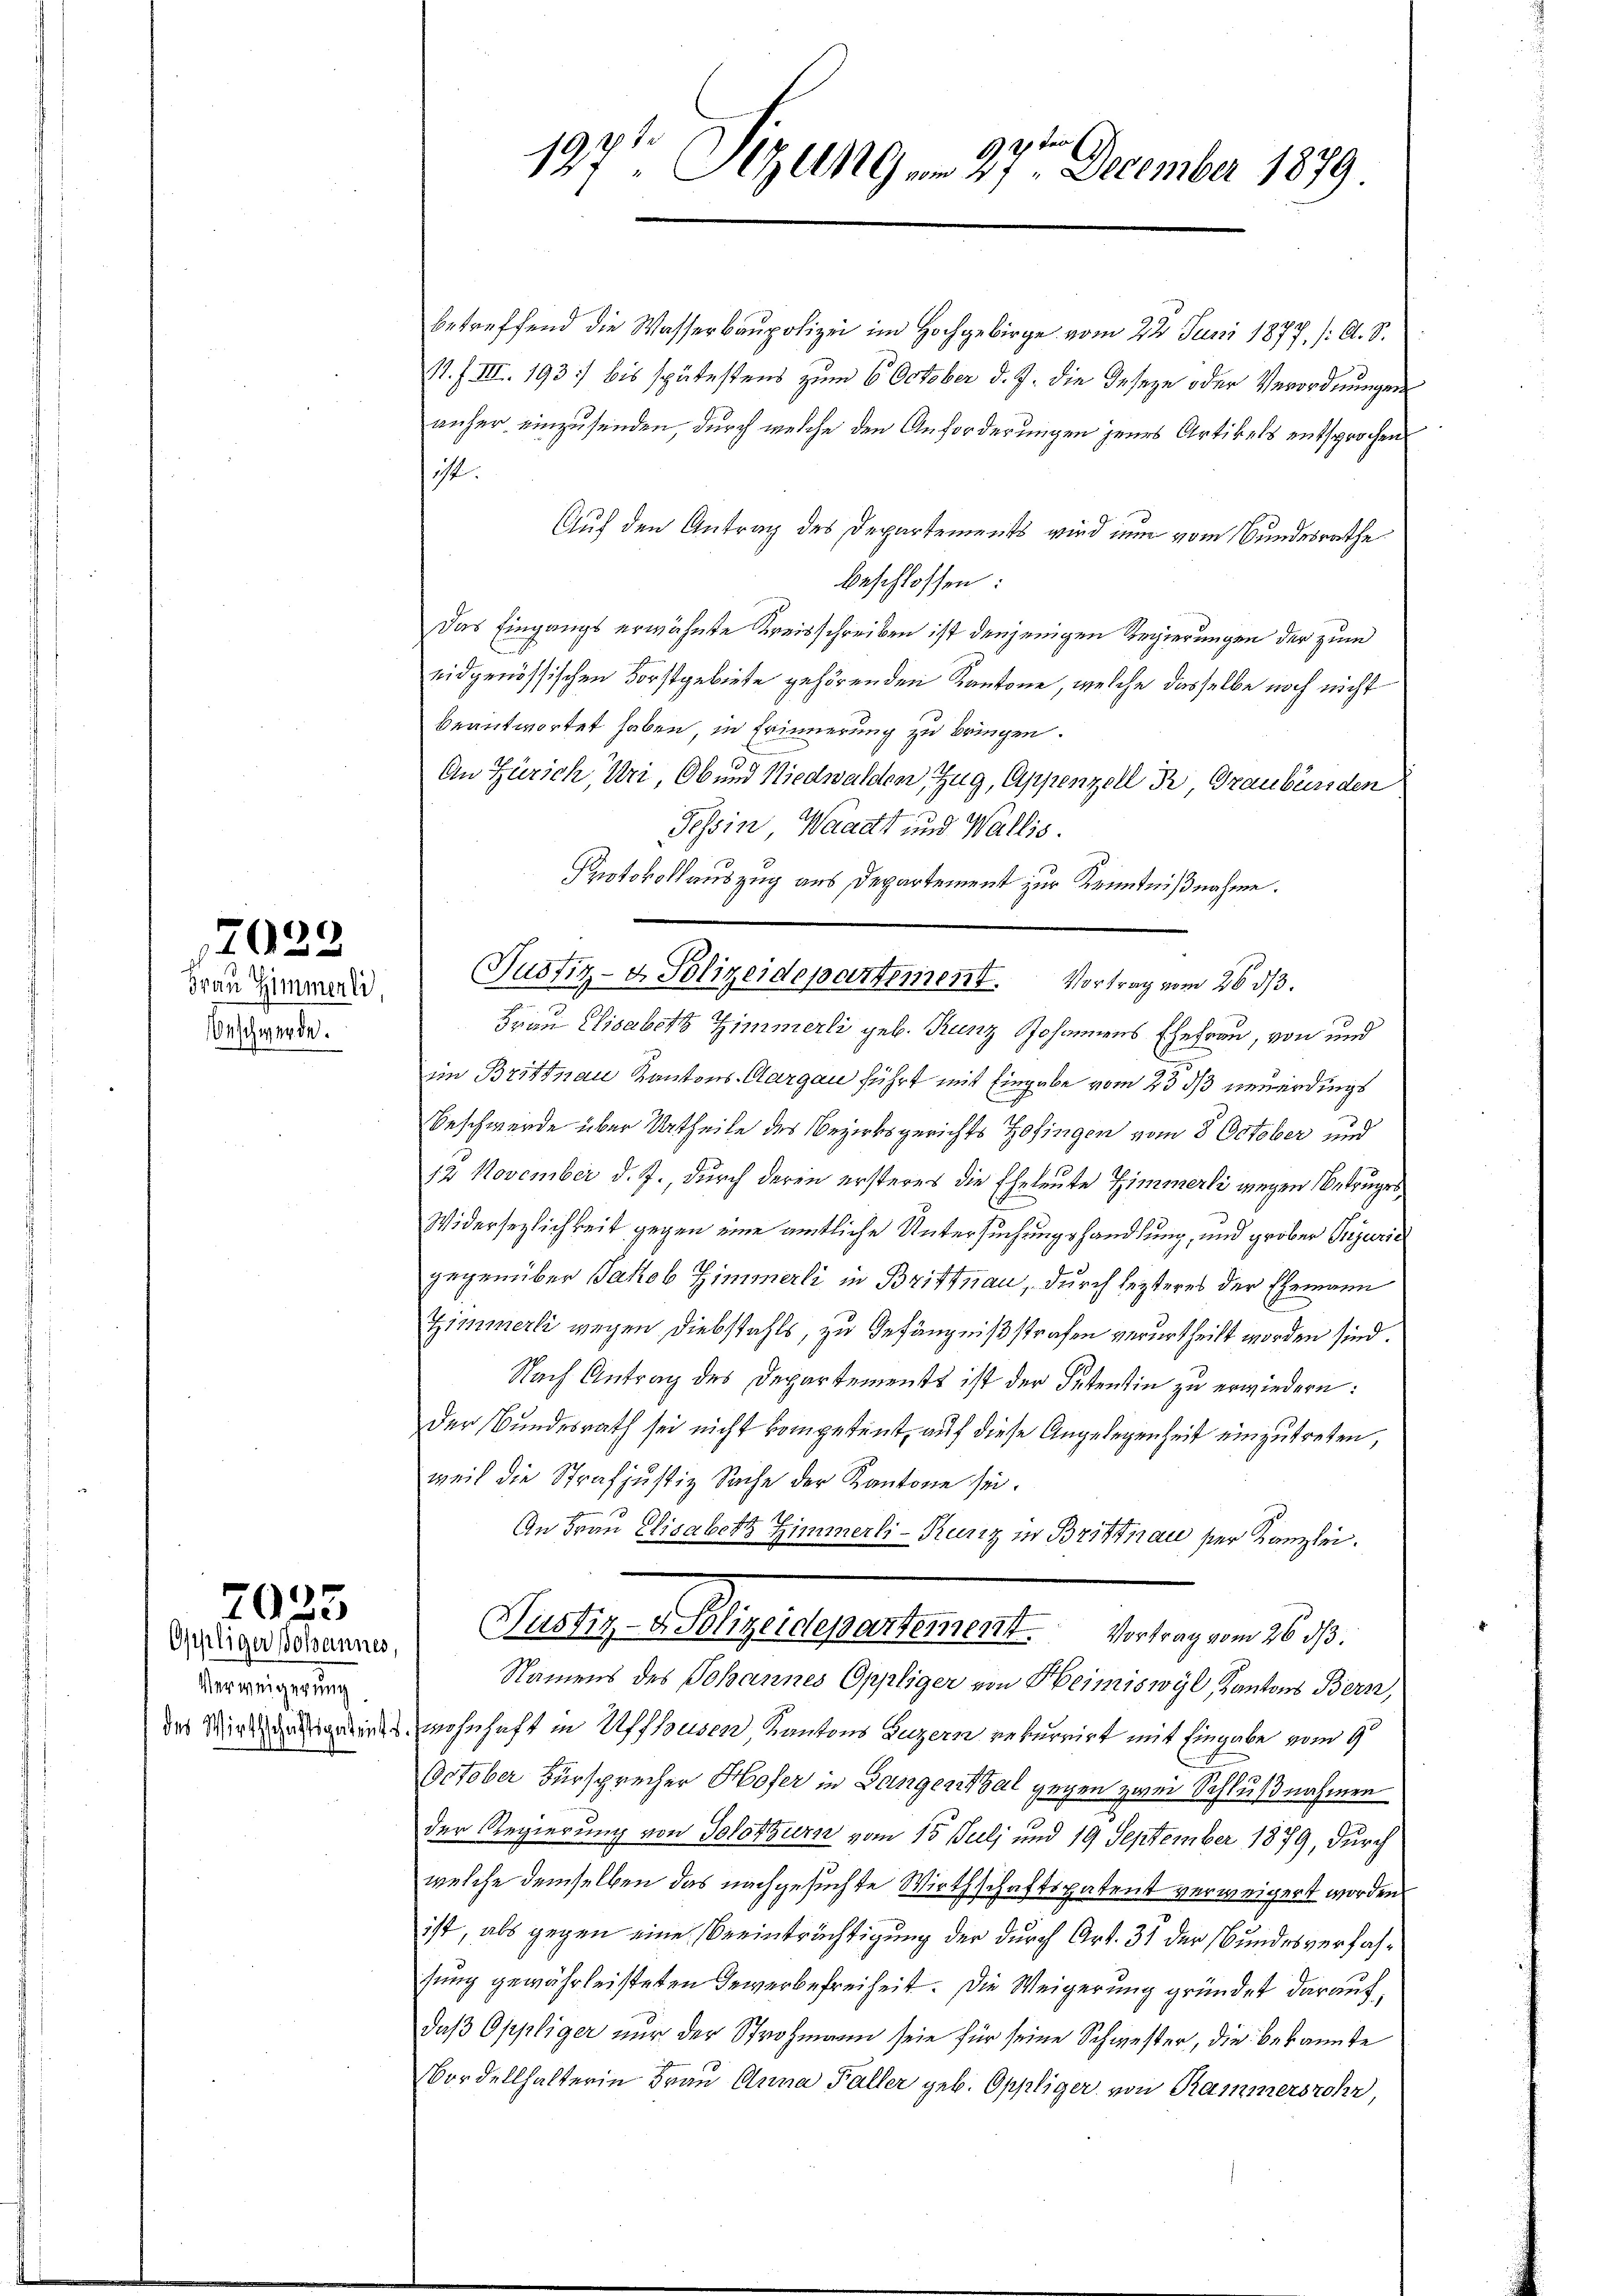
Frau Zimmerli,
Beschwerde.

12022

70

Ofeliger Scheune
Verweigerung.
des Wirthschaftspatents.

f

g der E
197 ZG am 27. December 1879

betreffend die Wasserbaupolizei im Hochgebirge vom 22. Juni 1877. /A. S.
11. f. III. 193] bis spätestens zum 6 October d. J. die Geseze oder Verordnungen
anher einzusenden, durch welche den Anforderungen jenes Artikels entsprochen
ist.
Auf den Antrag des Departements wird eine vom Bundesrathe
beschlossen:
Das Eingangs erwähnte Kreisschreiben ist denjenigen Regierungen der zum
eidgenössischen Forstgebiete gehörenden Kantone, welche dasselbe noch nicht
beantwortet haben, in Erinnerung zu bringen.
An Zürich, Uri, Ob und Niedwalden, Zug, Appenzell R, Graubünden
Tessin, Waadt und Wallis.
Protokollauszug aus Departement zur Kenntnißnahme.

Justiz- & Polizeidepartement. Vortrag vom 26. dβ.
Frau Elisabeth Zimmerli geb. Runz Johannens Ehefrau, von und

s
im Brittnau Kantons-Aargau führt mit Eingabe vom 23 ds neuerdings
Beschwerde über Urtheile des Bezirksgerichts Zofingen vom 8. October und
12 November d. J., durch deren ersteres die Eheleute Zimmerli wegen Betruges,
Widersezlichkeit gegen eine amtliche Untersuchungshandlung, und grober Prejurie
gegenüber Jakob Zimmerli in Brittnau, durch lezteres der Ehemann
Zimmerli wegen Diebstahls, zu Gefängnißstrafen verurtheilt worden sind.
Nach Antrag des Departement ist der Setentin zu erwiedern:
Der Bundesrath sei nicht kompetent, auf diese Angelegenheit einzutreten,
weil die Strafjustiz Sache der Kantone sei.
An Frau Elisabetz Zimmerli-Kunz in Brittnau ser Kanzlei.
Aenden Schlussergesterer Betragen d.
Namens des Johannes Oppliger von Heimiswyl, Kantons Bern,
wohnhaft in Uffhausen Kantons Luzern rekurrirt mit Eingabe vom 9
October Fürsprecher Hofer in Düngerital gegen zwei Schlußnahmen
der Regierung von Solothurn vom 15. Juli und 19 September 1879, durch
welche demselben das nachgesuchte Wirthschaftspatent verweigert worden
ist, als gegen eine Beeinträchtigung der durch Art. 31 der Bundesverfahsung gewährleisteten Gewerbefreiheit. Die Weigerung gründet darauf,
daß Oppliger nur der Strohmann sein für seine Schwester, die bekannte
Bordellhalterin Frau Anna Faller geb. Oppliger von Rammersrohr,